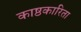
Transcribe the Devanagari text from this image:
काष्ठकारिता